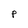
Character: P